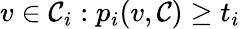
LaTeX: v\in\mathcal{C}_{i}:p_{i}(v,\mathcal{C})\geq t_{i}